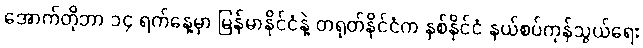
အောက်တိုဘာ ၁၄ ရက်နေ့မှာ မြန်မာနိုင်ငံနဲ့ တရုတ်နိုင်ငံက နှစ်နိုင်ငံ နယ်စပ်ကုန်သွယ်ရေး